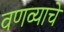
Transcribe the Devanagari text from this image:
वणव्याचे